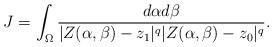
LaTeX: \begin{align*}J=\int_\Omega \frac{d\alpha d\beta}{|Z(\alpha,\beta)-z_1|^q|Z(\alpha,\beta)-z_0|^q}.\end{align*}